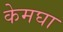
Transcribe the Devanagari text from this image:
केमघा